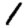
Digit: 1